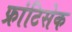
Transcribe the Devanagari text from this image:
फ्रांटिसेक